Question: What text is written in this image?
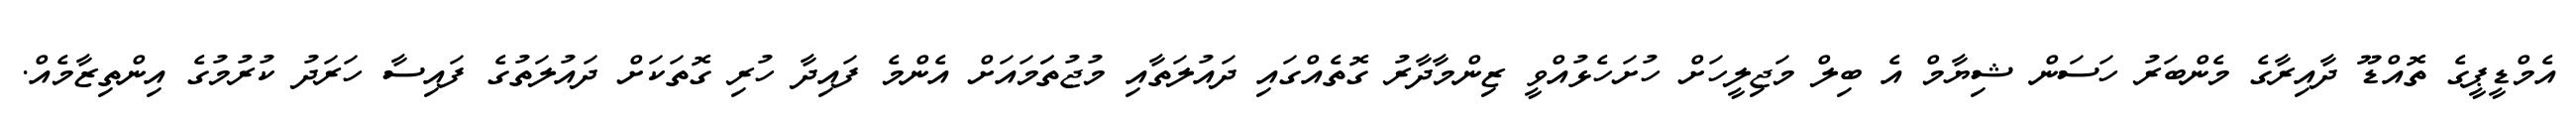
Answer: އެމްޑީޕީގެ ތޮއްޑޫ ދާއިރާގެ މެންބަރު ހަސަން ޝިޔާމް އެ ބިލް މަޖިލީހަށް ހުށަހެޅުއްވީ ޒިންމާދާރު ގޮތެއްގައި ދައުލަތާއި މުޖުތަަމައަށް އެންމެ ފައިދާ ހުރި ގޮތަކަށް ދައުލަތުގެ ފައިސާ ހަރަދު ކުރުމުގެ އިންތިޒާމެއް.